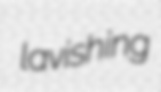
lavishing